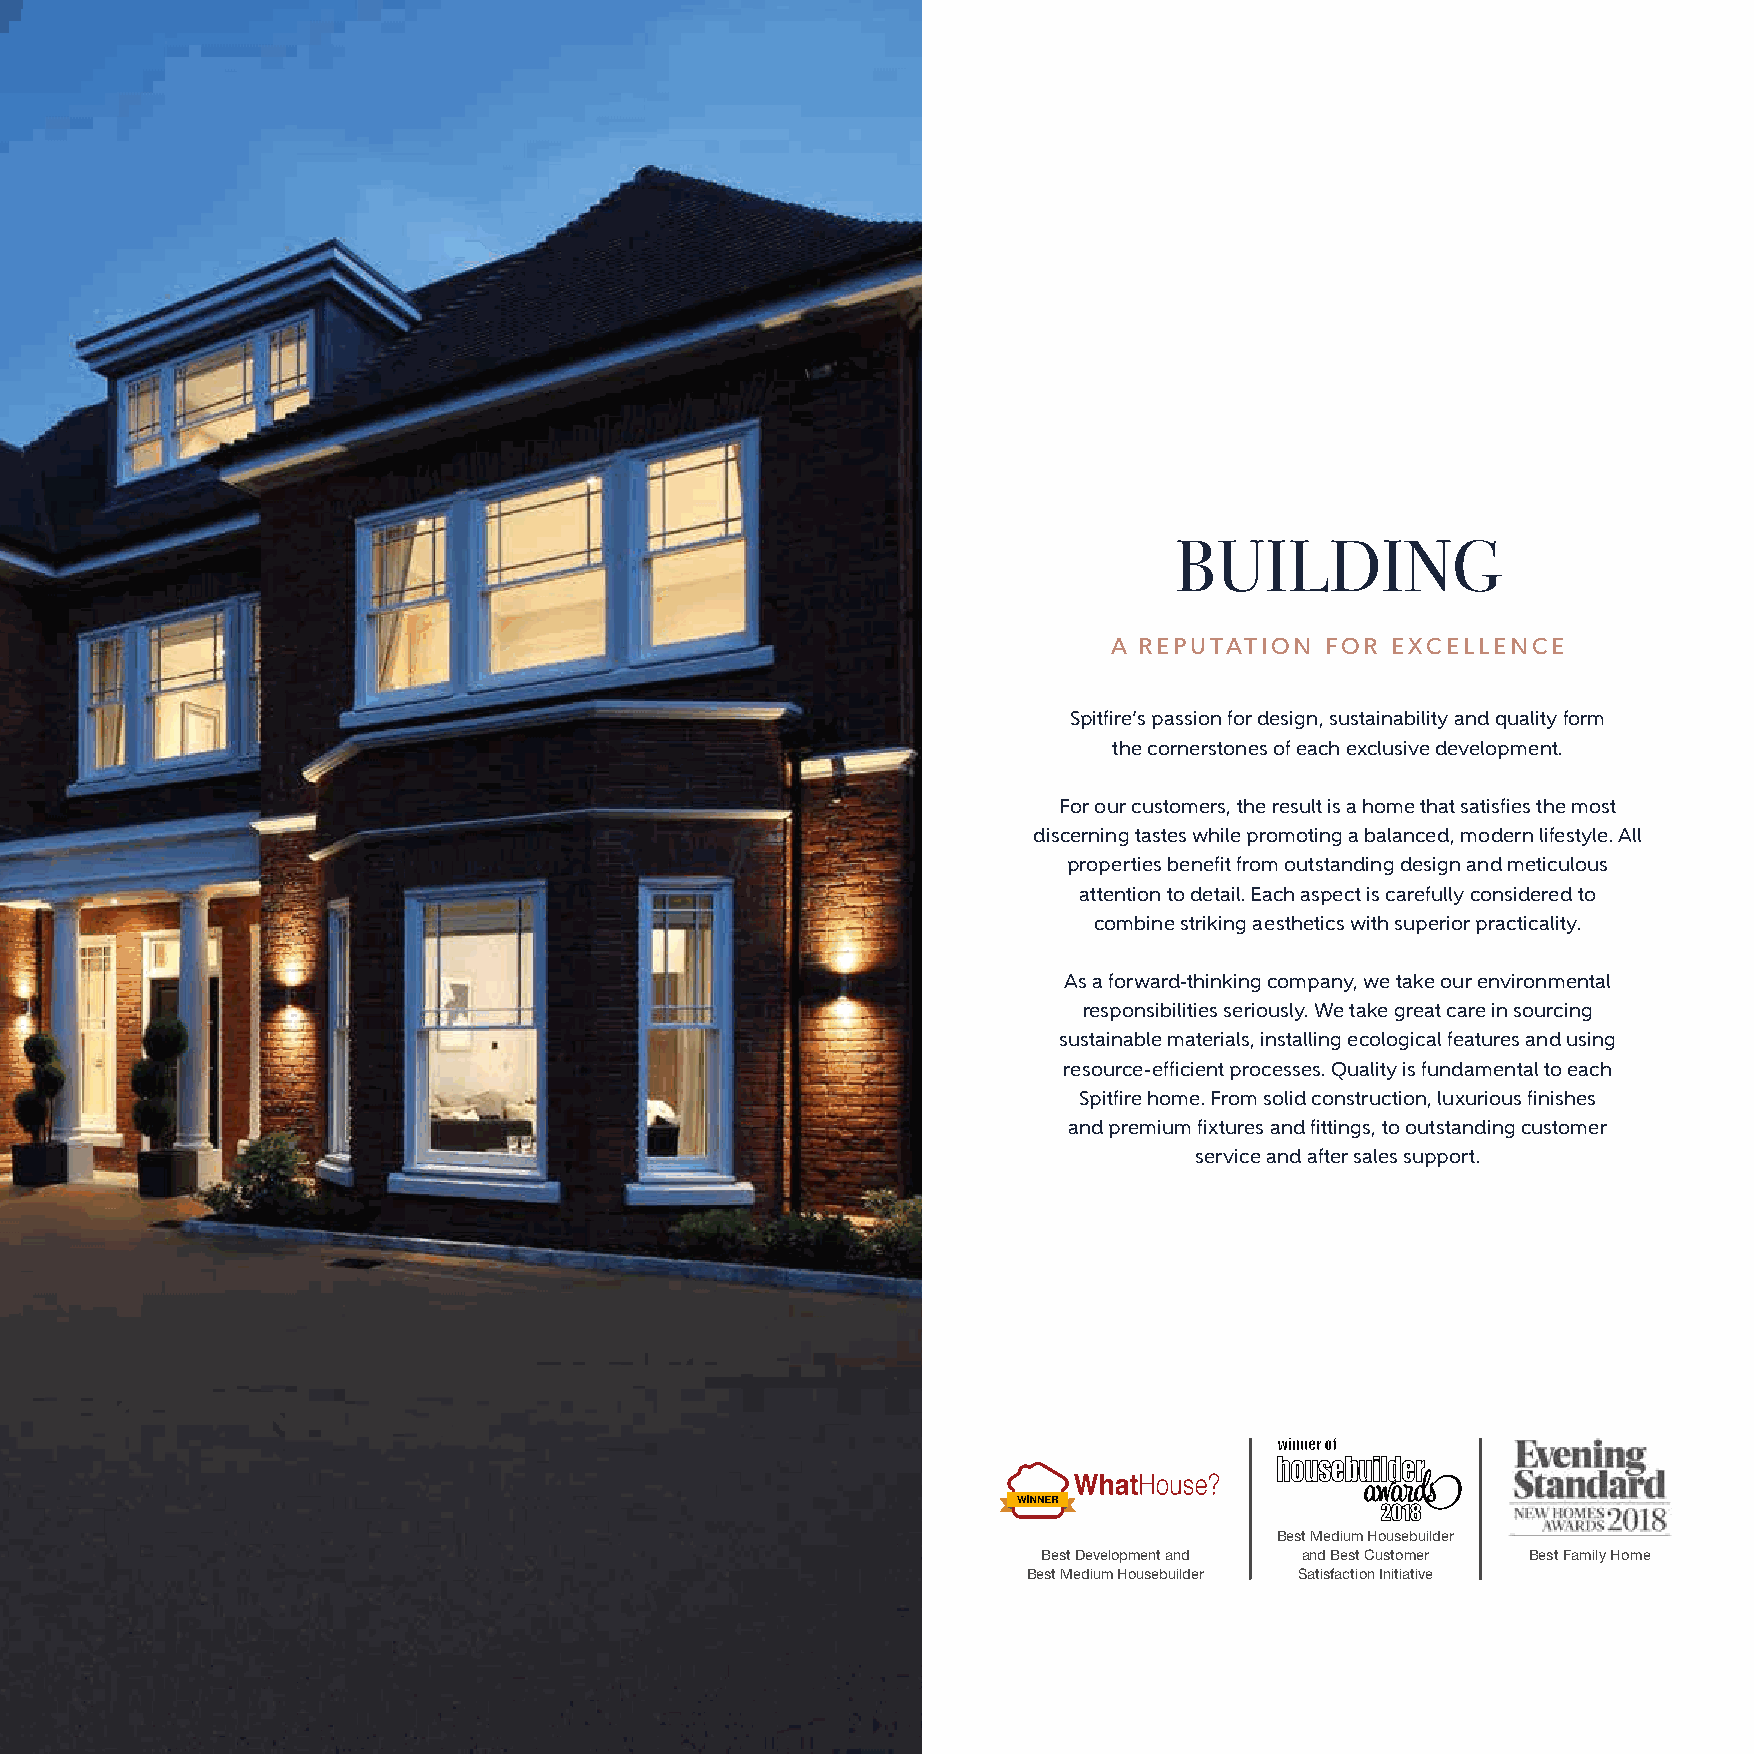
BUILDING
 A REPUTATION  FOR EXCELLENCE
 Spitfire’s passion for design, sustainability and quality form
 the cornerstones of each exclusive development.
 For our customers, the result is a home that satisfies the most
 discerning tastes while promoting a balanced, modern lifestyle. All
 properties benefit from outstanding design and meticulous
 attention to detail. Each aspect is carefully considered to
 combine striking aesthetics with superior practicality.
 As a forward-thinking company, we take our environmental
 responsibilities seriously. We take great care in sourcing
 sustainable materials, installing ecological features and using
 resource-efficient processes. Quality is fundamental to each
 Spitfire home. From solid construction, luxurious finishes
 and premium fixtures and fittings, to outstanding customer
 service and after sales support.
 Best Medium Housebuilder
 Best Development and and Best Customer Best Family Home
 Best Medium Housebuilder Satisfaction Initiative